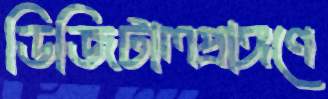
ডিজিটালপ্রাঙ্গণে